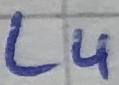
Text: LU